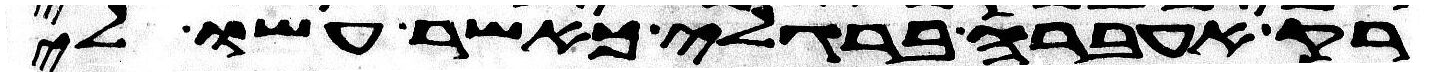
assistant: רק אעברה ברגלי כאשר עשו לי